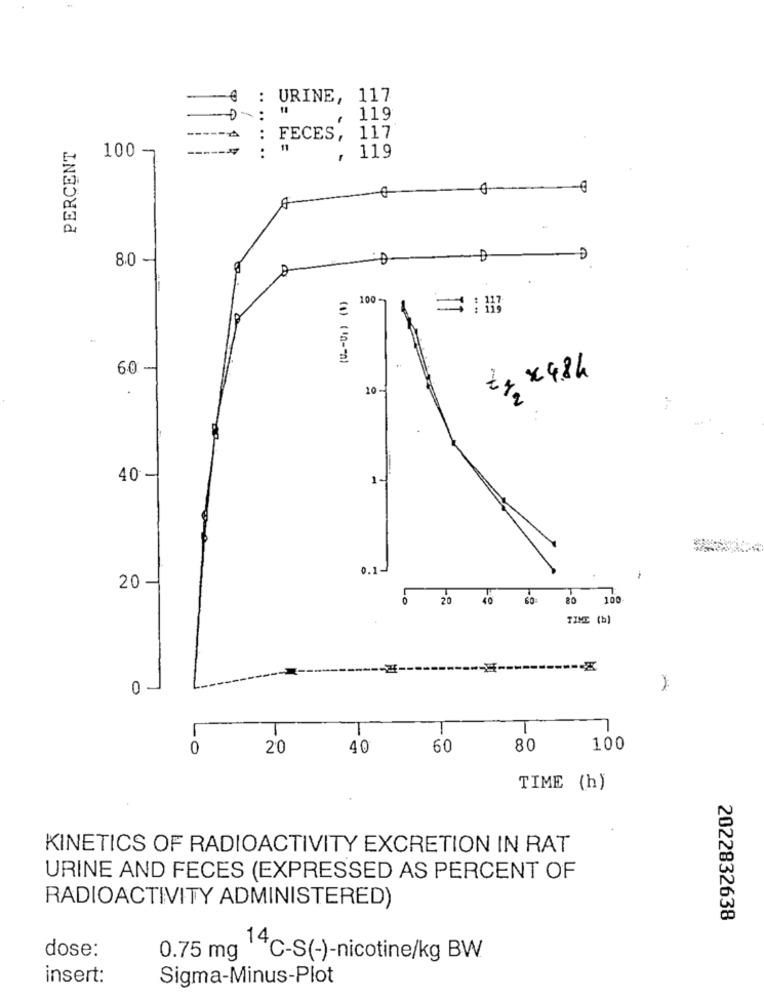
-
: URINE, 117
....
119
: FECES, 117
PERCENT
--
100 7
..
, 119
8.0
100-
=: #
(1) (In - - 0)
60
t 4 x 4.84
.
20-
40 -
0.1-
20
.0
20
40
60
80
100
TIME (b)
0
T
T
T
-O
20
40
60
80
100
TIME (h)
KINETICS OF RADIOACTIVITY EXCRETION IN RAT
URINE AND FECES (EXPRESSED AS PERCENT OF
RADIOACTIVITY ADMINISTERED)
2022832638
dose:
0.75 mg 14℃-S(-)-nicotine/kg BW
insert:
Sigma-Minus-Plot